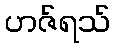
ဟဇ်ရသ်